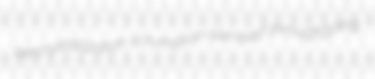
percrystallization scrumption semiserf throughgoing